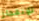
للإنفجار